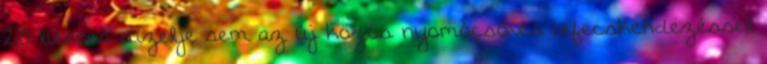
2,0 literes dízelje sem az új közös nyomócsöves befecskendezéssel